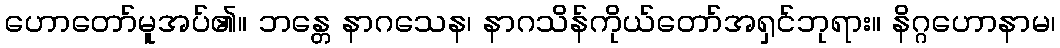
ဟောတော်မူအပ်၏။ ဘန္တေ နာဂသေန၊ နာဂသိန်ကိုယ်တော်အရှင်ဘုရား။ နိဂ္ဂဟောနာမ၊